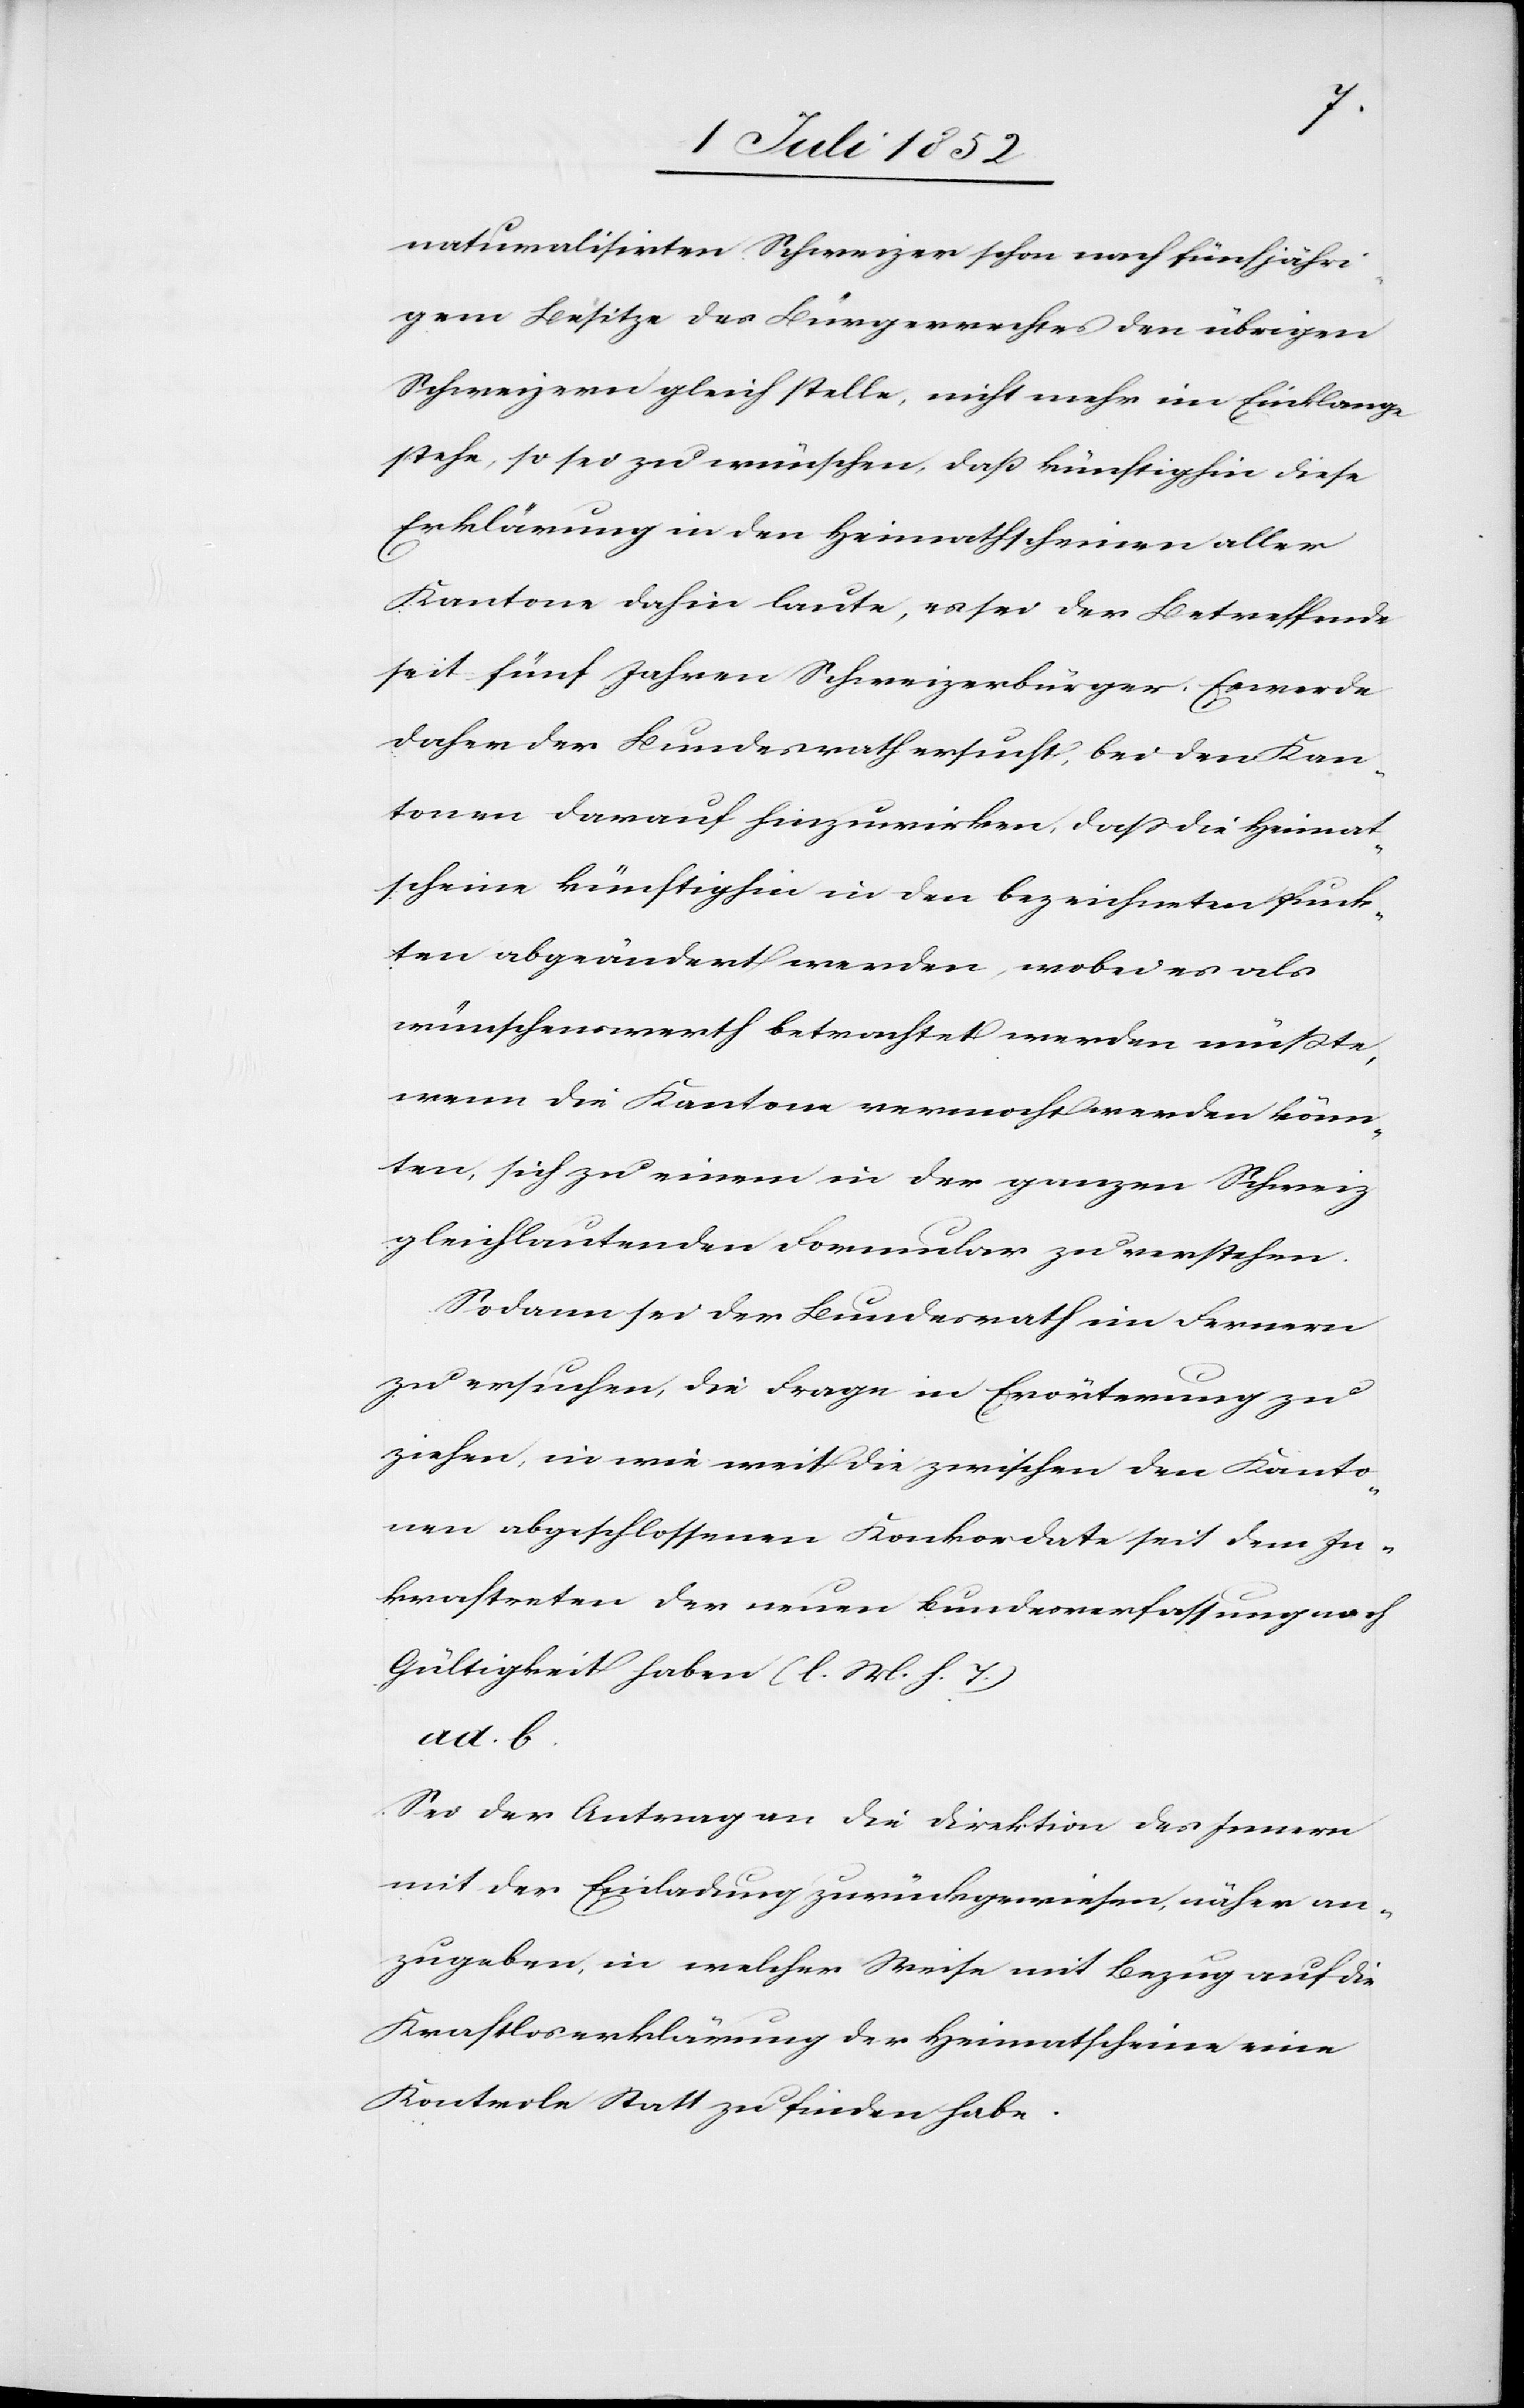
naturalisirten Schweizer schon nach fünfjähri¬
gem Besitze des Bürgerrechtes den übrigen
Schweizern gleich stelle, nicht mehr im Einklange
stehe, so sei zu wünschen, daß künftighin diese
Erklärung in den Heimathscheinen aller
Kantone dahin laute, es sei der Betreffende
seit fünf Jahren Schweizerbürger. Es werde
daher der Bundesrath ersucht, bei den Kan¬
tonen darauf hinzuwirken, dass die Heimat¬
scheine künftighin in den bezeichneten Punk¬
ten abgeändert werden, wobei es als
wünschenswerth betrachtet werden müßte,
wenn die Kantone vermocht werden könn¬
ten, sich zu einem in der ganzen Schweiz
gleichlautenden Formular zu verstehen.
Sodann sei der Bundesrath im Fernern
zu ersuchen, die Frage in Erörterung zu
ziehen, in wie weit die zwischen den Kanto¬
nen abgeschlossenen Konkordate seit dem In¬
kraft[t]reten der neuen Bundesverfassung noch
Gültigkeit haben (l. M. h. T.)
ad. b.
Sei der Antrag an die Direktion des Innern
mit der Einladung zurückgewiesen, näher an¬
zugeben, in welcher Weise mit Bezug auf die
Kraftloserklärung der Heimatscheine eine
Kontrole Statt zu finden habe.